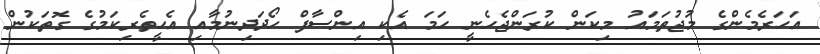
އަހަރެމެންގެ މުޖުތަމައު މިކަން ކުރަންޖެހެނީ ހަމަ އެކި އިންސާފް ހޯދަދިނުމާއި އެހީތެރިކަމުގެ ގޮތަކުން